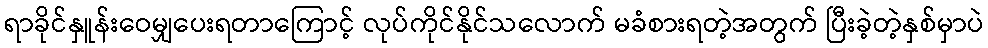
ရာခိုင်နှူန်းဝေမျှပေးရတာကြောင့် လုပ်ကိုင်နိုင်သလောက် မခံစားရတဲ့အတွက် ပြီးခဲ့တဲ့နှစ်မှာပဲ